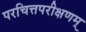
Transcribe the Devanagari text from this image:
परचित्तपरीक्षणम्‌